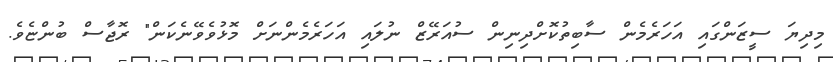
މިދިޔަ ސީޒަންގައި އަހަރެމެން ސާބިތުކޮށްދިނިން ސުއަރޭޒް ނުލައި އަހަރެމެންނަށް މޮޅުވެވޭނެކަން" ރޮޖާސް ބުންޏެވެ.